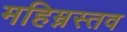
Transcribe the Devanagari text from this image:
महिम्नस्तव